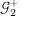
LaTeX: { \mathcal { G } } _ { 2 } ^ { + }